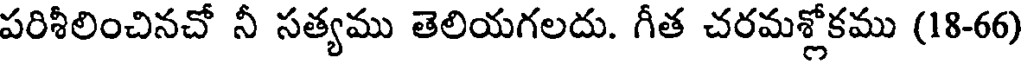
పరిశీలించినచో నీ సత్యము తెలియగలదు. గీత చరమశ్లోకము (18-66)